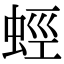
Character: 蛵